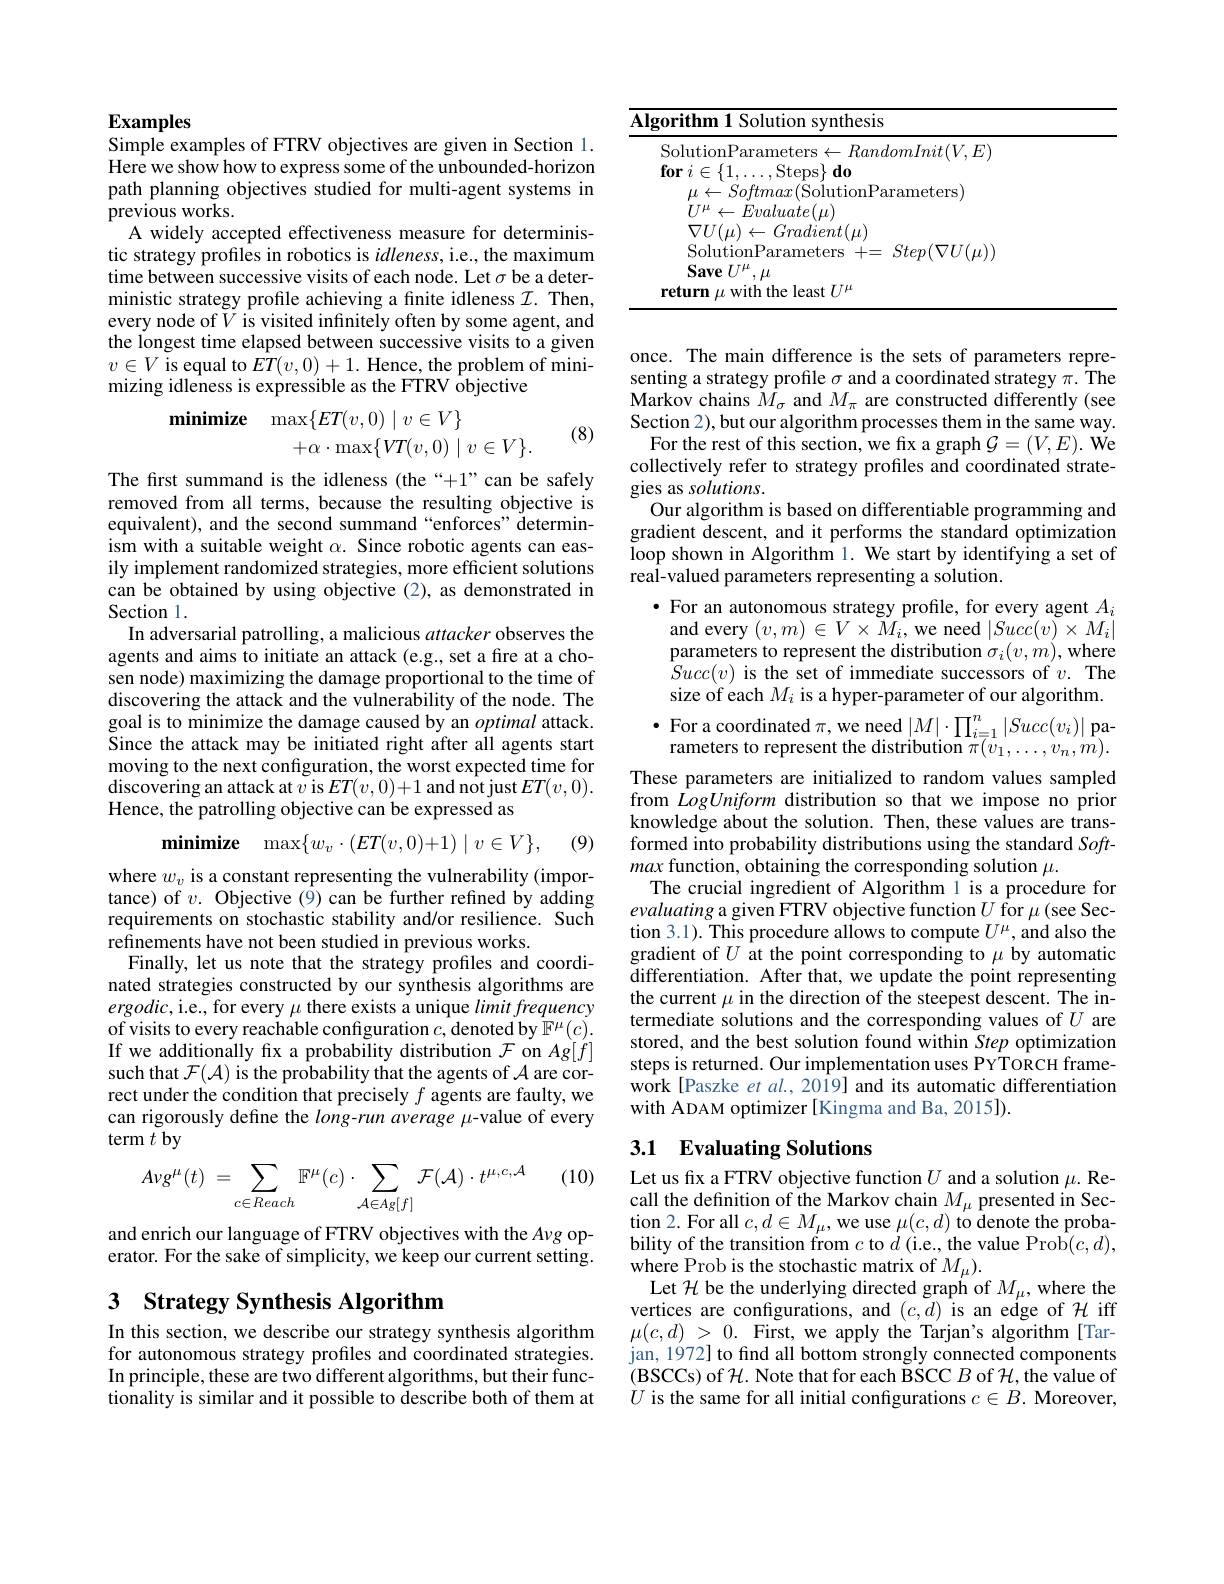
## $\mathbf{Examples}$
Simple examples of FTRV objectives are given in Section 1.

$\hat{\text{Here we show how to express some of the unbounded-horizon}}$ path planning objectives studied for multi-agent systems in previous works.
A widely accepted effectiveness measure for deterministic strategy profiles in robotics is $idleness$, i.e., the maximum time between successive visits of each node. Let $\sigma$ be a deterministic strategy profile achieving a finite idleness $\mathcal{I}.$ Then, every node of $V$ is visited infinitely often by some agent, and the longest time elapsed between successive visits to a given $v\in V$ is equal to $ET(v,0)+1.$ Hence, the problem of minimizing idleness is expressible as the FTRV objective
$$\begin{aligned}\textbf{minimize}&\max\{ET(v,0)\mid v\in V\}\\&+\alpha\cdot\max\{VT(v,0)\mid v\in V\}.\end{aligned}$$
(8)

The first summand is the idleness (the“+1”can be safely removed from all terms, because the resulting objective is equivalent), and the second summand “enforces” determinism with a suitable weight $\alpha.$ Since robotic agents can easily implement randomized strategies, more efficient solutions can be obtained by using objective (2), as demonstrated in Section 1.
In adversarial patrolling, a malicious attacker observes the agents and aims to initiate an attack (e.g., set a fire at a chosen node) maximizing the damage proportional to the time of discovering the attack and the vulnerability of the node. The goal is to minimize the damage caused by an optimal attack. Since the attack may be initiated right after all agents start moving to the next configuration, the worst expected time for discovering an attack at $v$ is $ET(v,0)+1$ and not just $ET(v,0).$ Hence, the patrolling objective can be expressed as
$$\mathbf{minimize}\quad\max\{w_{v}\cdot(ET(v,0)+1)\mid v\in V\},$$
(9)

where $w_v$ is a constant representing the vulnerability (importance) of $v.$ Objective (9) can be further refined by adding requirements on stochastic stability and/or resilience. Such refinements have not been studied in previous works.
Finally, let us note that the strategy profiles and coordinated strategies constructed by our synthesis algorithms are $ergodic$,i.e., for every $\mu$ there exists a unique limit frequency of visits to every reachable configuration $c$, denoted by $\mathbb{F}^\mu(c).$ If we additionally fix a probability distribution $\mathcal{F}$ on $Ag[f]$ such that $\mathcal{F}(\mathcal{A})$ is the probability that the agents of $\mathcal{A}$ are correct under the condition that precisely $f$ agents are faulty, we can rigorously define the $long-run$ average $\mu$-value of every term $\tilde{t}$ by

(10)
$$A\nu g^{\mu}(t)\:=\sum_{c\in Reach}\mathbb{F}^{\mu}(c)\cdot\sum_{\mathcal{A}\in Ag[f]}\mathcal{F}(\mathcal{A})\cdot t^{\mu,c,\mathcal{A}}$$
and enrich our language of FTRV objectives with the $A\nu g$ operator. For the sake of simplicity, we keep our current setting.

# 3 Strategy Synthesis Algorithm

In this section, we describe our strategy synthesis algorithm for autonomous strategy profiles and coordinated strategies. In principle, these are two different algorithms, but their functionality is similar and it possible to describe both of them at

<table>
	<tbody>
		<tr>
			<td>17</td>
			<td>$\mathbf{Algorithm1}$ Solution synthesis</td>
			<td>$\textbf{m1 Solution synthesis}$</td>
		</tr>
		<tr>
			<td> </td>
			<td>SolutionParameters += $Step( \nabla U( \mu ) )$ $\textbf{Save }U^{\mu }, \mu$ return $\mu$ with the least $U^\mu$</td>
			<td>${\mathrm{olutionParameters~+=~}}Step(\nabla U(\mu))$ ${\mathbf{ave}}U^{\mu},\mu$ $\textbf{n}\mu$with the least $U^\mu$</td>
		</tr>
	</tbody>
</table>

once. The main difference is the sets of parameters representing a strategy profile $\sigma$ and a coordinated strategy $\pi.$ The Markov chains $\hat{M}_\sigma$ and $M_\pi$ are constructed differently (see Section 2), but our algorithm processes them in the same way.
For the rest of this section, we fix a graph $\mathcal{G}=(V,E).$ We collectively refer to strategy profiles and coordinated strategies as solutions.
Our algorithm is based on differentiable programming and gradient descent, and it performs the standard optimization loop shown in Algorithm 1. We start by identifying a set of real-valued parameters representing a solution.
$\bullet$ For an autonomous strategy profile, for every agent $A_i$ and every $(v,m)\in V\times M_{i}$,we need $|Succ(v)\times M_{i}|$ parameters to represent the distribution $\sigma_i(v,m)$,where $Succ(v)$ is the set of immediate successors of $v.$The size of each $M_i$ is a hyper-parameter of our algorithm. $\begin{array}{l}\bullet&\text{For a coordinated }\pi,\text{we need}\left|M\right|\cdot\prod_{i=1}^{n}\left|Succ(v_{i})\right|\text{pa-}\\&\text{rameters to represent the distribution }\pi(v_{1},\ldots,v_{n},m).\end{array}$
These parameters are initialized to random values sampled from LogUniform distribution so that we impose no prior knowledge about the solution. Then, these values are transformed into probability distributions using the standard Softmax function, obtaining the corresponding solution $\mu.$
The crucial ingredient of Algorithm l is a procedure for evaluating a given FTRV objective function $U$ for $\mu$ (see Section 3.1). This procedure allows to compute $U^\mu$, and also the gradient of $U$ at the point corresponding to $\mu$ by automatic differentiation. After that, we update the point representing the current $\mu$ in the direction of the steepest descent. The intermediate solutions and the corresponding values of $U$ are stored, and the best solution found within Step optimization steps is returned. Our implementation uses PYTORCH framework [Paszke et al., 2019] and its automatic differentiation with ADAM optimizer [Kingma and Ba, 2015]).
3.1 Evaluating Solutions

Let us fx a FTRV objective function $U$ and a solution $\mu.$ Recall the definition of the Markov chain $M_\mu$ presented in Section 2. For all $c,d\in M_\mu$,we use $\mu(c,d)$ to denote the probability of the transition from $c$ to $d$ (i.e., the value Prob$(c,d)$, where Prob is the stochastic matrix of $M_\mu).$
Let $\mathcal{H}$ be the underlying directed graph of $M_\mu$, where the vertices are configurations, and $(c,d)$ is an edge of $\mathcal{H}$ iff $\mu(c,d)>0.$ First, we apply the Tarjan's algorithm[Tarjan, 1972] to find all bottom strongly connected components (BSCCs) of $\mathcal{H}.$ Note that for each BSCC $B$ of $\mathcal{H}$,the value of $U$ is the same for all initial configurations $c\in B.$ Moreover,